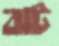
ঝট